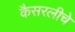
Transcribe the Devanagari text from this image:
कैसरलीचे